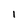
Character: 1